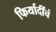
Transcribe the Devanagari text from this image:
फिर्यादींचं